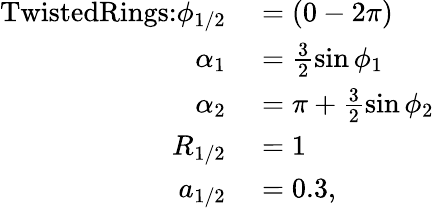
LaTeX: \begin{array}{rl}{\textrm{TwistedRings:}\phi_{1/2}}&{{}=(0-2\pi)}\\ {\alpha_{1}}&{{}=\frac{3}{2}\sin\phi_{1}}\\ {\alpha_{2}}&{{}=\pi+\frac{3}{2}\sin\phi_{2}}\\ {R_{1/2}}&{{}=1}\\ {a_{1/2}}&{{}=0.3,}\end{array}